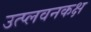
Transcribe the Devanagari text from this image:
उत्प्लवनकक्ष